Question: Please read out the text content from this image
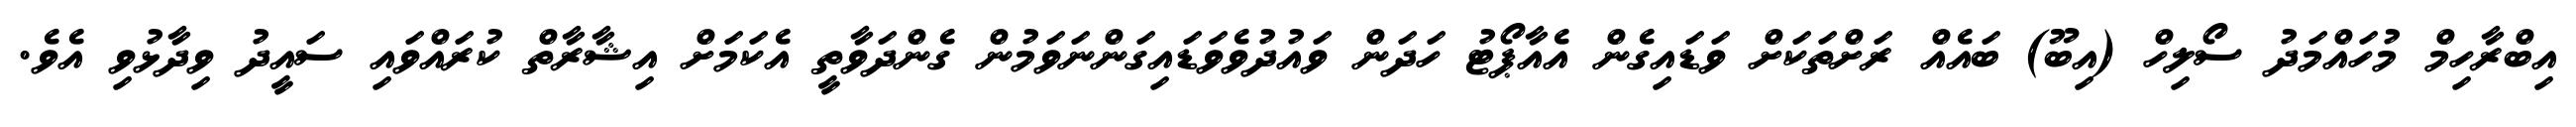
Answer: އިބްރާހިމް މުހައްމަދު ސޯލިހް (އިބޫ) ބައެއް ރަށްތަކަށް ވަޑައިގެން އެއާޕޯޓު ހަދަން ވައުދުވެވަޑައިގަންނަވަމުން ގެންދަވާތީ އެކަމަށް އިޝާރާތް ކުރައްވައި ސައީދު ވިދާޅުވި އެވެ.